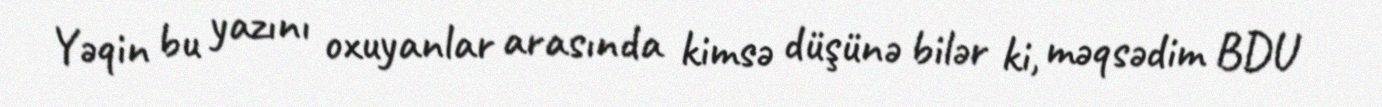
Yəqin bu yazını oxuyanlar arasında kimsə düşünə bilər ki, məqsədim BDU